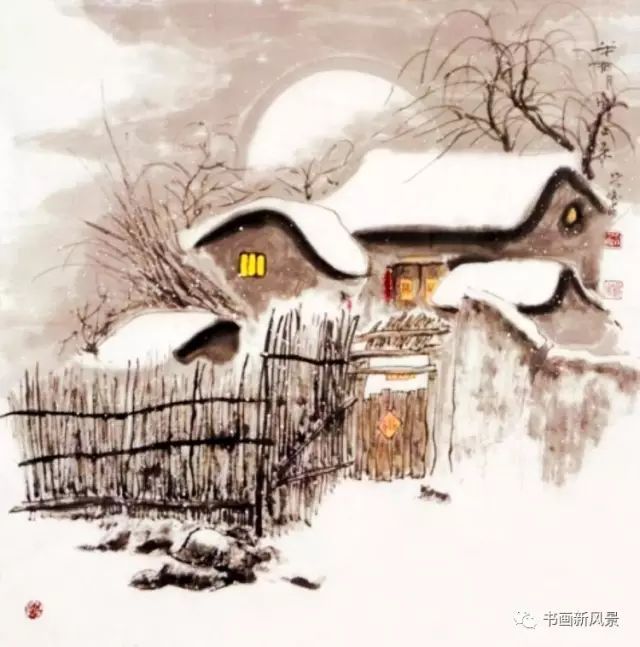
绿蚁新醅酒，红泥小火炉。